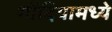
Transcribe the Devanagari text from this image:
गोंदियामध्ये